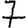
Digit: 7